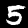
Label: 5